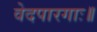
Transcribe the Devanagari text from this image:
वेदपारगाः॥